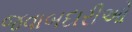
જવાબદારીઓ